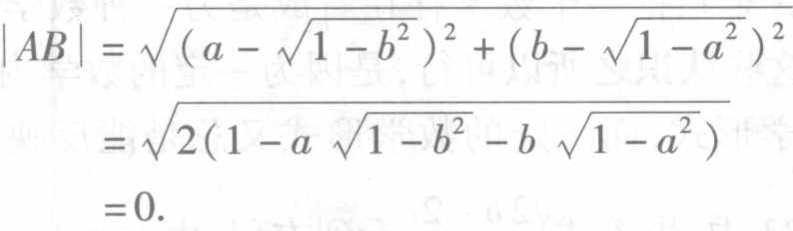
\[
\begin{align*}
|AB|&=\sqrt{(a - \sqrt{1 - b^{2}})^2+(b - \sqrt{1 - a^{2}})^2}\\
&=\sqrt{2(1 - a\sqrt{1 - b^{2}}-b\sqrt{1 - a^{2}})}\\
&=0.
\end{align*}
\]